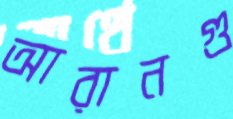
আরানগু